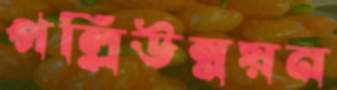
পল্লিউন্নয়ন